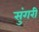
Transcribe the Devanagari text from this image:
सुंगरी